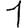
Digit: 1